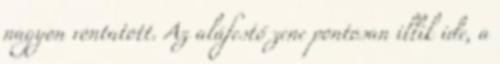
nagyon vontatott. Az aláfestő zene pontosan illik ide, a